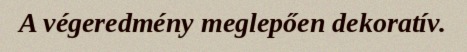
A végeredmény meglepően dekoratív.